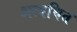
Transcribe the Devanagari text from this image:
अत्यधित